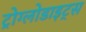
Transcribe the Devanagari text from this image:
ट्रोग्लोडाइट्स